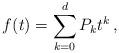
LaTeX: \begin{align*} f(t) = \sum_{k=0}^{d} P_k t^k \,,\end{align*}